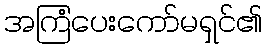
အကြံပေးကော်မရှင်၏